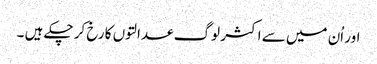
اور اُن میں سے اکثر لوگ عدالتوں کا رخ کر چکے ہیں ۔